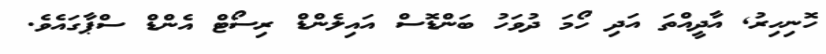
ހޮނިހިރު